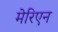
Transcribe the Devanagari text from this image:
मेरिएन